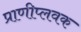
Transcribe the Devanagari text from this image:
प्राणीप्लवक